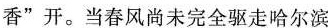
香”开。当春风尚未完全驱走哈尔滨